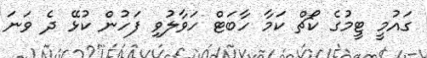
ގައުމީ ޓީމުގެ ކޯޗް ކަމާ ހާބަޓް ހަވާލުވި ފަހުން ކުޅޭ ދެ ވަނަ